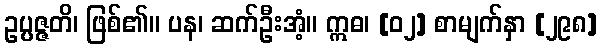
ဥပ္ပဇ္ဇတိ၊ ဖြစ်၏။ ပန၊ ဆက်ဦးအံ့။ ဣဓ၊ [၀၂] စာမျက်နှာ [၂၉၈]